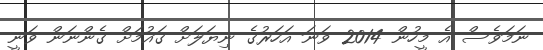
ނަމަވެސް އެ މީހުން 2014 ވަނަ އަހަރުގެ ނިޔަލަށް ގައުމަށް ގެންނަން ވަނީ